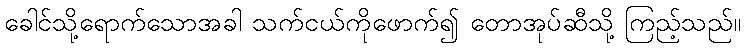
ခေါင်သို့ရောက်သောအခါ သက်ငယ်ကိုဖောက်၍ တောအုပ်ဆီသို့ ကြည့်သည်။